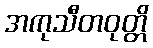
အကုသီတဝုတ္တိ